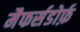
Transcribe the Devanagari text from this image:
मैफर्सडोर्फ़